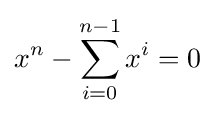
x^{n}-\sum _{i=0}^{n-1}x^{i}=0